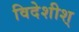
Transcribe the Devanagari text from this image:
विदेशीश्